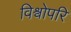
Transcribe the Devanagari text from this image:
विश्वोपरि